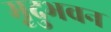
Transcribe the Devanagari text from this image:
मृदुभवन